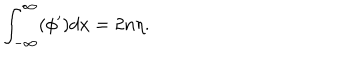
\int _ { - \infty } ^ { \infty } ( \phi ^ { \prime } ) d x = 2 n \eta .